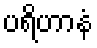
ပရိဟာနံ